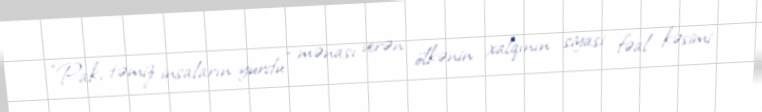
“Pak, təmiz insaların yurdu” mənası verən ölkənin xalqının siyasi fəal kəsimi